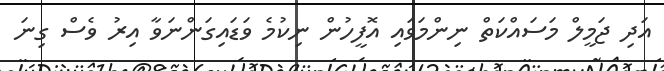
އަދި ޖަމީލް މަސައްކަތް ނިންމަވައި އޮފީހުން ނިކުމެ ވަޑައިގަންނަވާ އިރު ވެސް ގިނަ